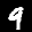
Label: 9